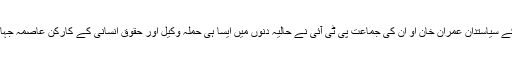
دائیں بازو کے سیاستدان عمران خان او ان کی جماعت پی ٹی آئی نے حالیہ دنوں میں ایسا ہی حملہ وکیل اور حقوق انسانی کے کارکن عاصمہ جہانگیر پر کیا۔